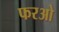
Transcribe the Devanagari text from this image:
फरओ